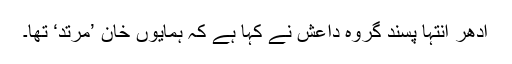
ادھر انتہا پسند گروہ داعش نے کہا ہے کہ ہمایوں خان ’مرتد‘ تھا۔